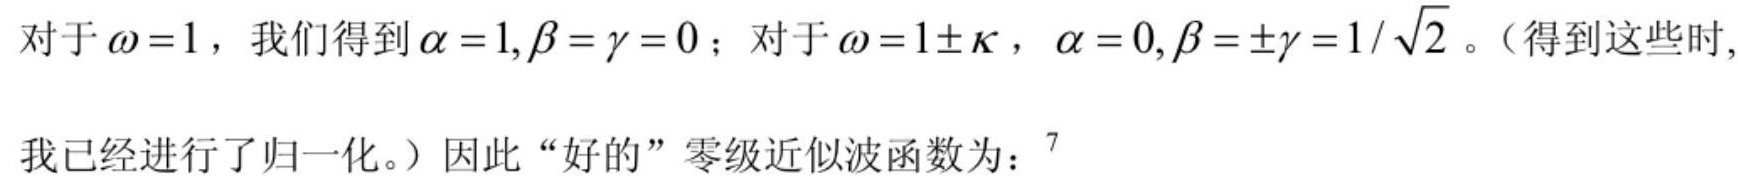
对于$\omega = 1$，我们得到$\alpha = 1, \beta = \gamma = 0$；对于$\omega = 1\pm\kappa$，$\alpha = 0, \beta = \pm\gamma = 1/\sqrt{2}$。（得到这些时,我已经进行了归一化。）因此“好的”零级近似波函数为：$^{7}$